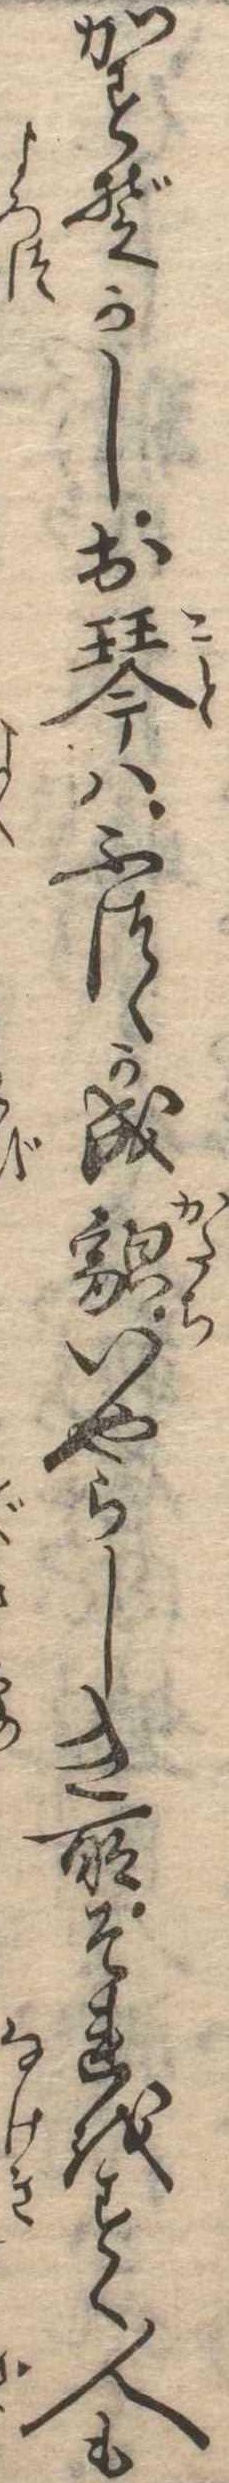
かすぞかしお琴はふつゝか成貌いやらしき所それをすく人も